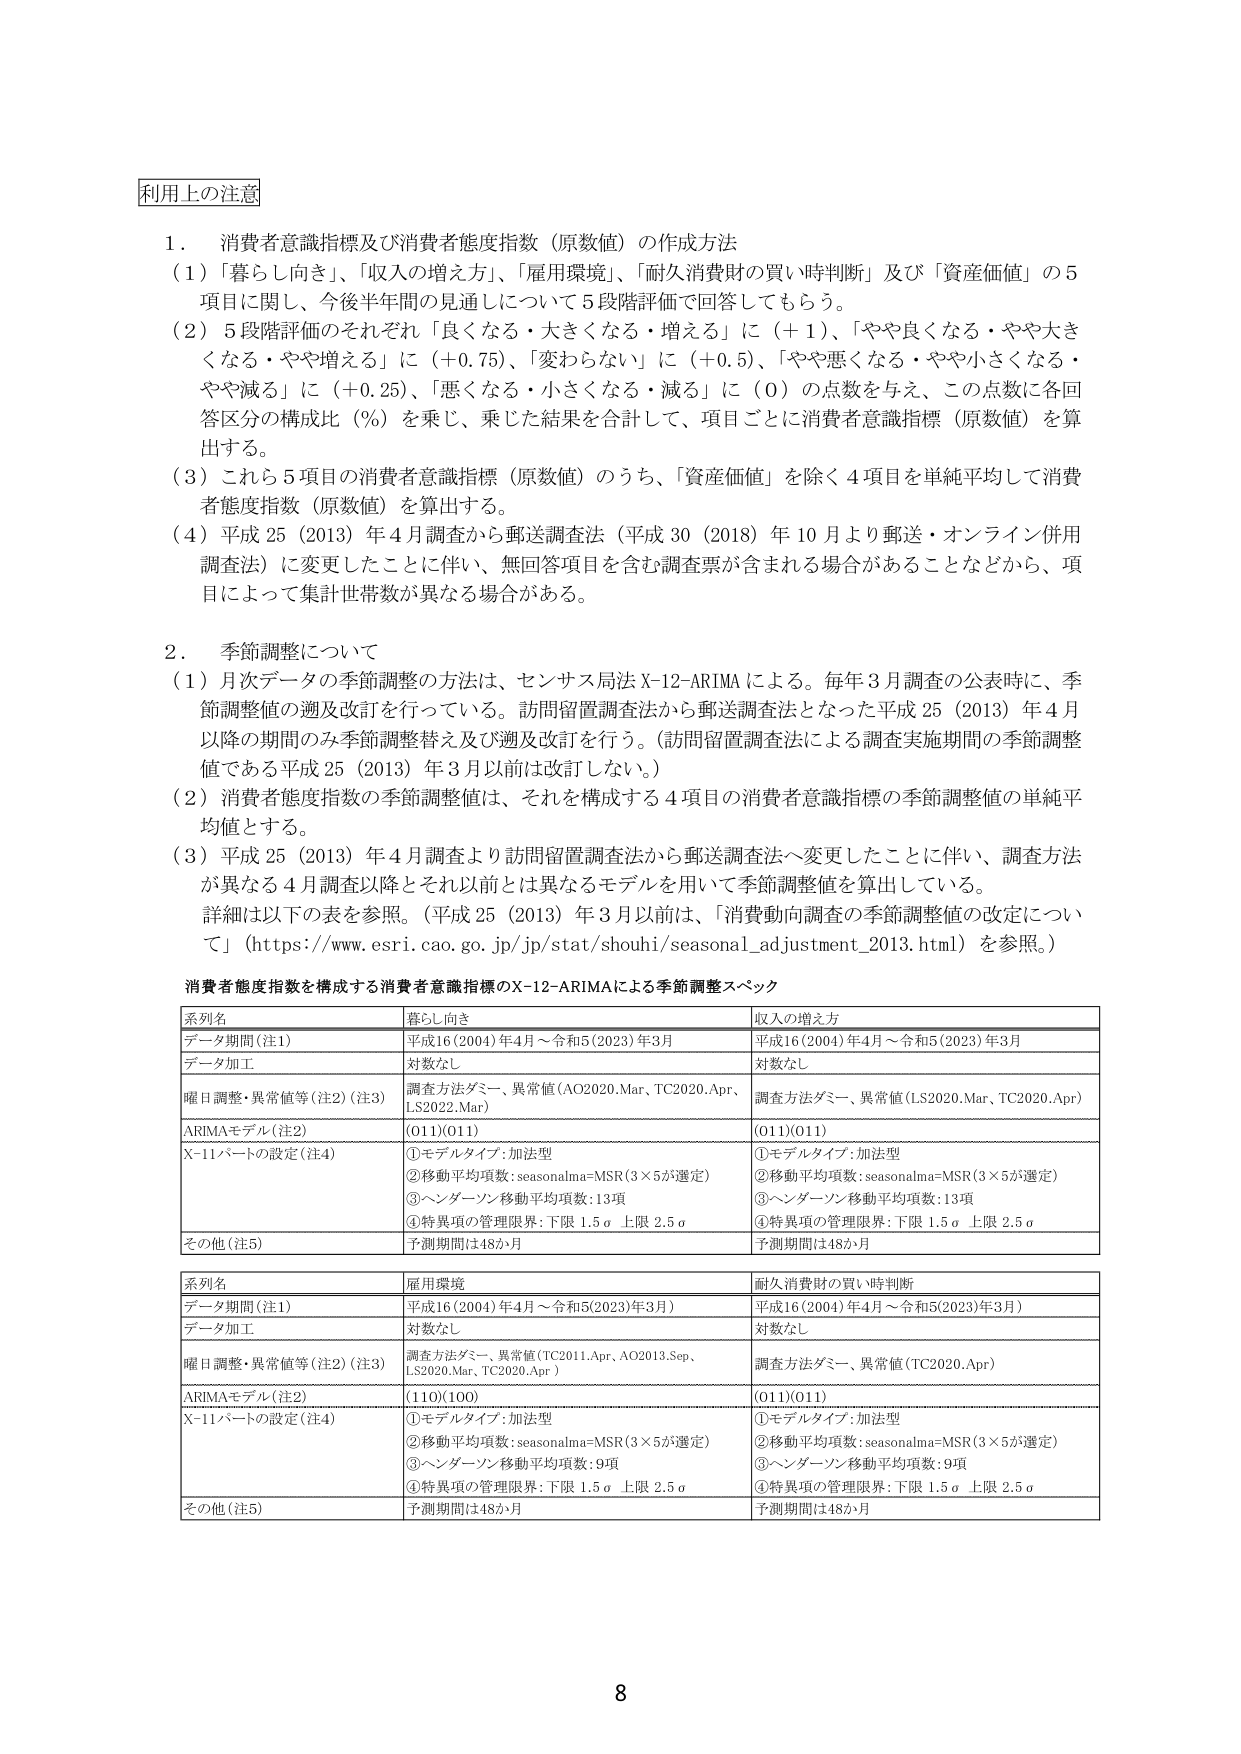
利用上の注意

1．消費者意識指標及び消費者態度指数（原数値）の作成方法
（1）「暮らし向き」、「収入の増え方」、「雇用環境」、「耐久消費財の買い時判断」及び「資産価値」の5項目に関し、今後半年間の見通しについて5段階評価で回答してもらう。
（2）5段階評価のそれぞれ「良くなる・大きくなる・増える」に（＋1）、「やや良くなる・やや大きくなる・やや増える」に（＋0.75）、「変わらない」に（＋0.5）、「やや悪くなる・やや小さくなる・やや減る」に（＋0.25）、「悪くなる・小さくなる・減る」に（0）の点数を与え、この点数に各回答区分の構成比（％）を乗じ、乗じた結果を合計して、項目ごとに消費者意識指標（原数値）を算出する。
（3）これら5項目の消費者意識指標（原数値）のうち、「資産価値」を除く4項目を単純平均して消費者態度指数（原数値）を算出する。
（4）平成25（2013）年4月調査から郵送調査法（平成30（2018）年10月より郵送・オンライン併用調査法）に変更したことに伴い、無回答項目を含む調査票が含まれる場合があることなどから、項目によって集計世帯数が異なる場合がある。

2．季節調整について
（1）月次データの季節調整の方法は、センサス局法X-12-ARIMAによる。毎年3月調査の公表時に、季節調整値の週及改訂を行っている。訪問留置調査法から郵送調査法となった平成25（2013）年4月以降の期間のみ季節調整替え及び週及改訂を行う。（訪問留置調査法による調査実施期間の季節調整値である平成25（2013）年3月以前は改訂しない。）
（2）消費者態度指数の季節調整値は、それを構成する4項目の消費者意識指標の季節調整値の単純平均値とする。
（3）平成25（2013）年4月調査より訪問留置調査法から郵送調査法へ変更したことに伴い、調査方法が異なる4月調査以降とそれ以前とは異なるモデルを用いて季節調整値を算出している。
詳細は以下の表を参照。（平成25（2013）年3月以前は、「消費動向調査の季節調整値の改定について」（https://www.esri.cao.go.jp/jp/stat/shouhi/seasonal_adjustment_2013.html）を参照。）

消費者態度指数を構成する消費者意識指標のX-12-ARIMAによる季節調整スペック

| 系列名 | 暮らし向き | 収入の増え方 |
|---|---|---|
| データ期間（注1） | 平成16（2004）年4月～令和5（2023）年3月 | 平成16（2004）年4月～令和5（2023）年3月 |
| データ加工 | 対数なし | 対数なし |
| 曜日調整・異常値等（注2）（注3） | 調査方法ダミー、異常値（AO2020.Mar、TC2020.Apr、LS2022.Mar） | 調査方法ダミー、異常値（LS2020.Mar、TC2020.Apr） |
| ARIMAモデル（注2） | （011）（011） | （011）（011） |
| X-11パートの設定（注4） | ①モデルタイプ：加法型<br>②移動平均項数：seasonalma=MSR（3×5が選定）<br>③ヘンダーソン移動平均項数：13項<br>④特異項の管理限界：下限1.5σ上限2.5σ | ①モデルタイプ：加法型<br>②移動平均項数：seasonalma=MSR（3×5が選定）<br>③ヘンダーソン移動平均項数：13項<br>④特異項の管理限界：下限1.5σ上限2.5σ |
| その他（注5） | 予測期間は48か月 | 予測期間は48か月 |

| 系列名 | 雇用環境 | 耐久消費財の買い時判断 |
|---|---|---|
| データ期間（注1） | 平成16（2004）年4月～令和5（2023）年3月） | 平成16（2004）年4月～令和5（2023）年3月） |
| データ加工 | 対数なし | 対数なし |
| 曜日調整・異常値等（注2）（注3） | 調査方法ダミー、異常値（TC2011.Apr、AO2013.Sep、LS2020.Mar、TC2020.Apr） | 調査方法ダミー、異常値（TC2020.Apr） |
| ARIMAモデル（注2） | （110）（100） | （011）（011） |
| X-11パートの設定（注4） | ①モデルタイプ：加法型<br>②移動平均項数：seasonalma=MSR（3×5が選定）<br>③ヘンダーソン移動平均項数：9項<br>④特異項の管理限界：下限1.5σ上限2.5σ | ①モデルタイプ：加法型<br>②移動平均項数：seasonalma=MSR（3×5が選定）<br>③ヘンダーソン移動平均項数：9項<br>④特異項の管理限界：下限1.5σ上限2.5σ |
| その他（注5） | 予測期間は48か月 | 予測期間は48か月 |

8